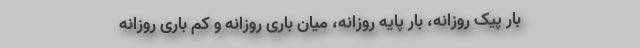
بار پیک روزانه، بار پایه روزانه، میان باری روزانه و کم باری روزانه